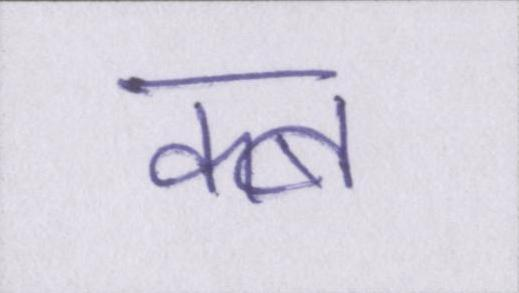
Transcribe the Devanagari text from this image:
कब